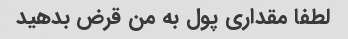
لطفا مقداری پول به من قرض بدهید